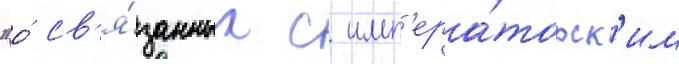
"о́ св'я́занных с имп'ера́торск'им